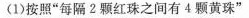
(1)按照”每隔2颗红珠之间有4颗黄珠”